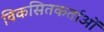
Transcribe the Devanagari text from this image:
विकसितकर्ताओं